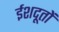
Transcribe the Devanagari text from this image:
ईशदूतों